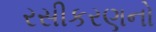
રસીકરણનો